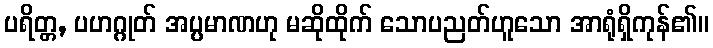
ပရိတ္တ, ပဟဂ္ဂုတ် အပ္ပမာဏဟု မဆိုထိုက် သောပညတ်ဟူသော အာရုံရှိကုန်၏။